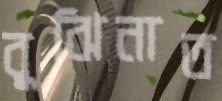
বুঝিনাত